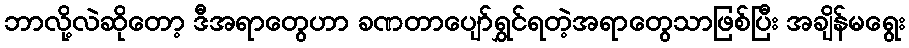
ဘာလို့လဲဆိုတော့ ဒီအရာတွေဟာ ခဏတာပျော်ရွှင်ရတဲ့အရာတွေသာဖြစ်ပြီး အချိန်မရွေး